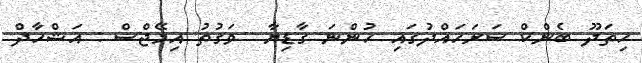
ހިތަދޫ ބެންކް ސަރަހައްދުގައި ހުންނަ ގާޑިޔާ  ވަގުތު އިމޭޖްސް : އަޝްހާދް